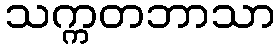
သက္ကတဘာသာ